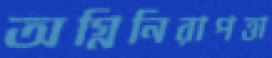
অগ্নিনিরাপত্তা